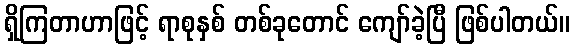
ရှိကြတာဟာဖြင့် ရာစုနှစ် တစ်ခုတောင် ကျော်ခဲ့ပြီ ဖြစ်ပါတယ်။